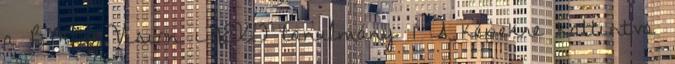
a BMW Vision iNEXT tanulmány 1 A képekre kattintva